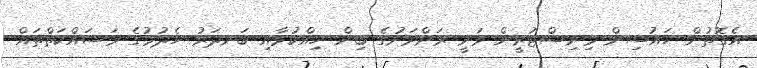
އެގޮތުން ހައުސިން މިނިސްޓުރީން ވަނީ ރަށްރަށުގެ ބިން ހިއްކުމާއި ބަނދަރު ހެދުމުގެ މަސައްކަތްތައް